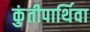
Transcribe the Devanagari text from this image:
कुंतीपार्थिवा